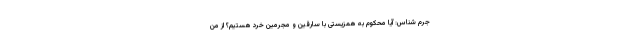
جرم شناس: آیا محکوم به همزیستی با سارقین و مجرمین خرد هستیم؟ از من